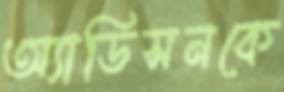
অ্যাডিসনকে